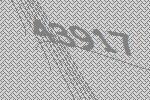
43917